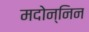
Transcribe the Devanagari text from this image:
मदोन्निन